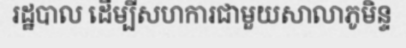
រដ្ឋបាល ដើម្បីសហការជាមួយសាលាភូមិន្ទ